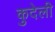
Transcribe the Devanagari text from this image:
कुदेली